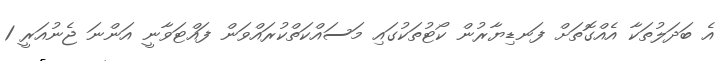
އެ ބަދަލުތަކާ އެއްގޮތަށް ފަނޑިޔާރުން ކޯޓުތަކުގައި މަސައްކަތްކުރައްވަން ފައްޓަވާނީ އަންނަ ޖެނުއަރީ 1